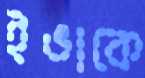
ইভাকে